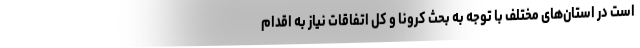
است در استان‌های مختلف با توجه به بحث کرونا و کل اتفاقات نیاز به اقدام